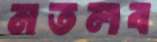
মতলব